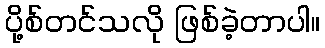
ပို့စ်တင်သလို ဖြစ်ခဲ့တာပါ။